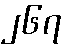
၂၆၇